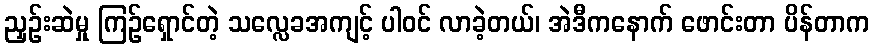
ညှဉ်းဆဲမှု ကြဉ်ရှောင်တဲ့ သလ္လေခအကျင့် ပါဝင် လာခဲ့တယ်၊ အဲဒီကနောက် ဖောင်းတာ ပိန်တာက